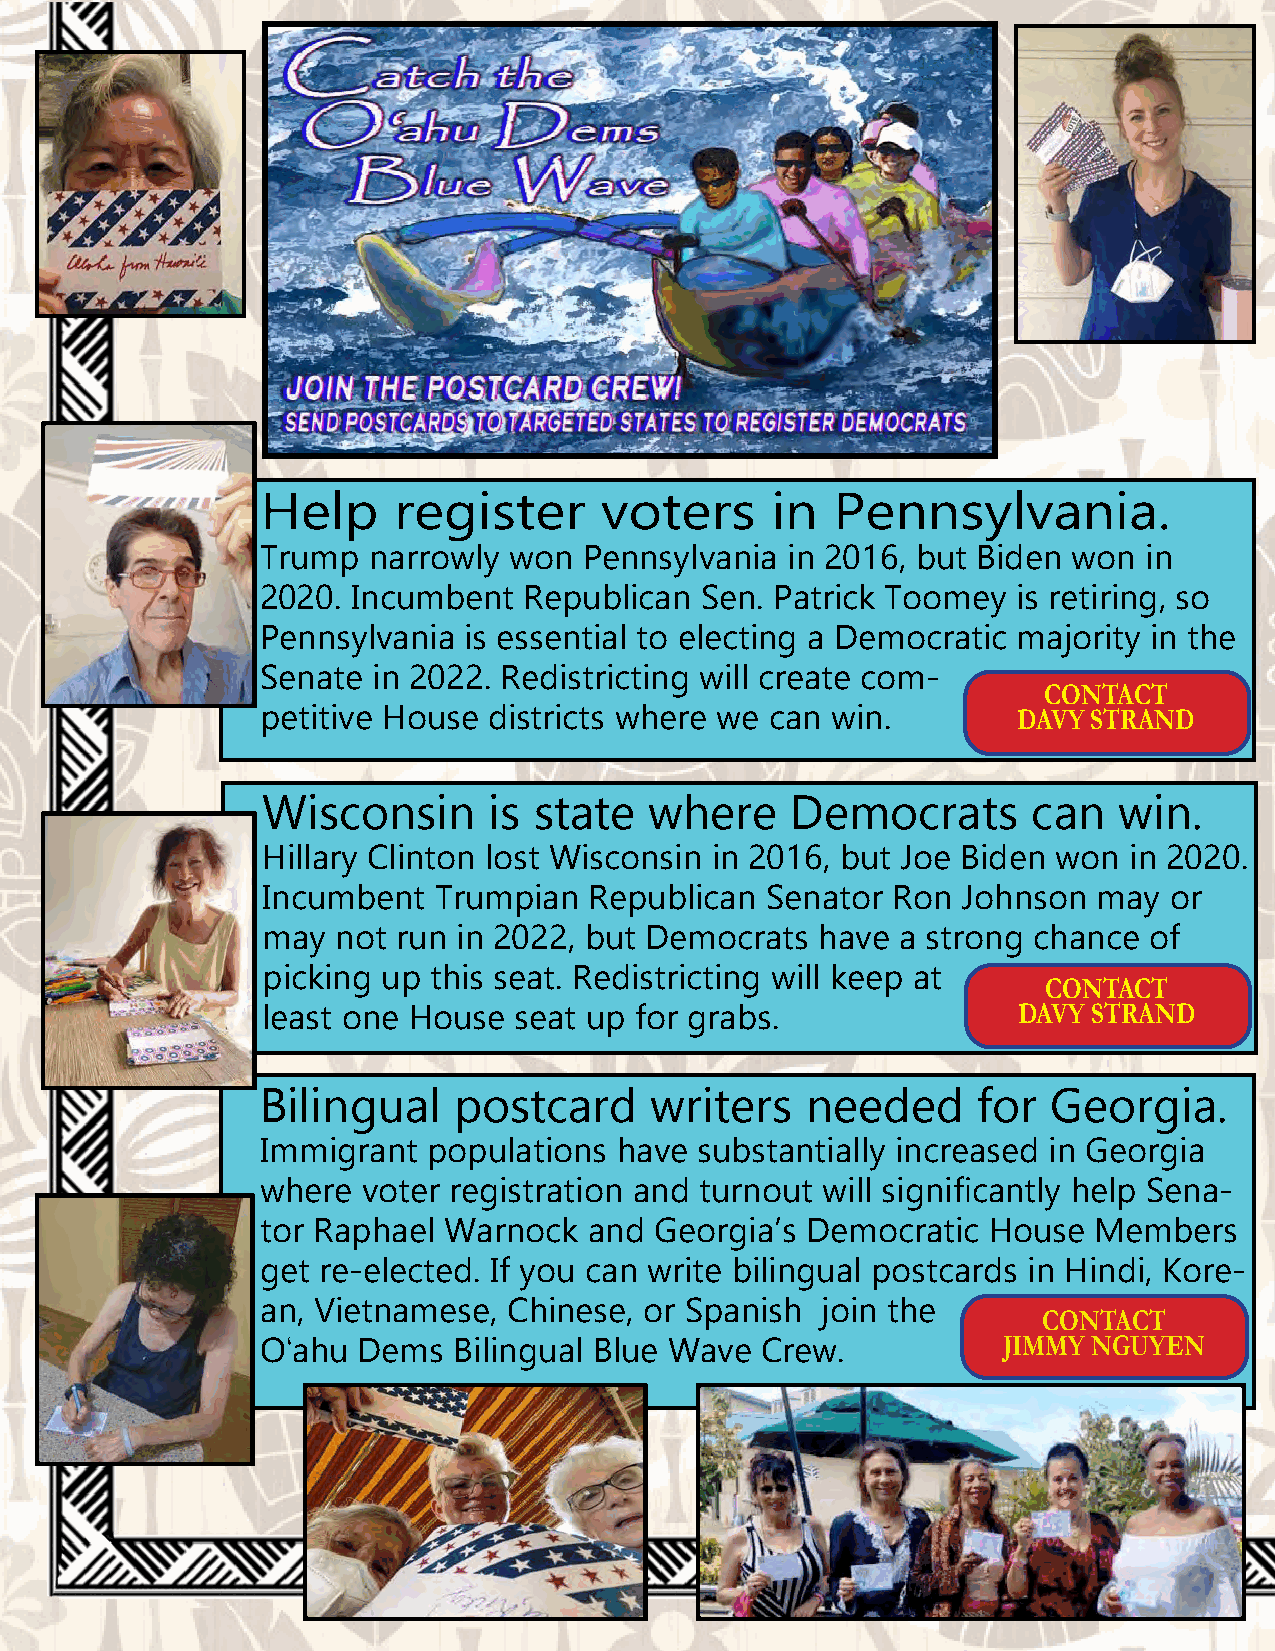
Help     register      voters     in  Pennsylvania.
 Trump  narrowly  won  Pennsylvania in 2016, but Biden won  in
 2020. Incumbent   Republican Sen. Patrick Toomey  is retiring, so
 Pennsylvania  is essential to electing a Democratic majority in the
 Senate  in 2022. Redistricting will create com-
 CONTACT
 petitive House districts where we can win.
 DAVY STRAND
 Wisconsin      is state   where    Democrats       can   win.
 Hillary Clinton lost Wisconsin in 2016, but Joe Biden won in 2020.
 Incumbent   Trumpian  Republican  Senator Ron  Johnson  may or
 may  not run in 2022, but Democrats  have  a strong chance of
 picking up this seat. Redistricting will keep at
 CONTACT
 least one House  seat up for grabs.               DAVY STRAND
 Bilingual    postcard     writers   needed      for  Georgia.
 Immigrant  populations  have substantially increased in Georgia
 where  voter registration and turnout will significantly help Sena-
 tor Raphael Warnock   and Georgia’s Democratic  House  Members
 get re-elected. If you can write bilingual postcards in Hindi, Kore-
 an, Vietnamese,  Chinese, or Spanish join the
 CONTACT
 O‘ahu  Dems  Bilingual Blue Wave Crew.           JIMMY NGUYEN